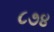
૮૭૪